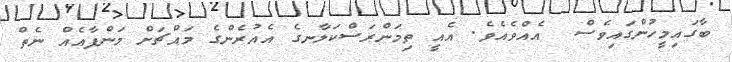
ބާގައިމީހުންގައިވެސް  އެއްވެއެވެ. އެއީ ތިމަންރަސްކަލާނގެ އެއުރެންގެ މައްޗަށް މަންފާއެއް ނެތް